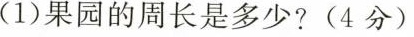
(1)果园的周长是多少?(4分)